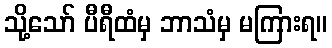
သို့သော် ပီရီထံမှ ဘာသံမှ မကြားရ။